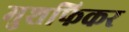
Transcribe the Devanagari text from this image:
मुशफिकर